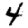
Digit: 4